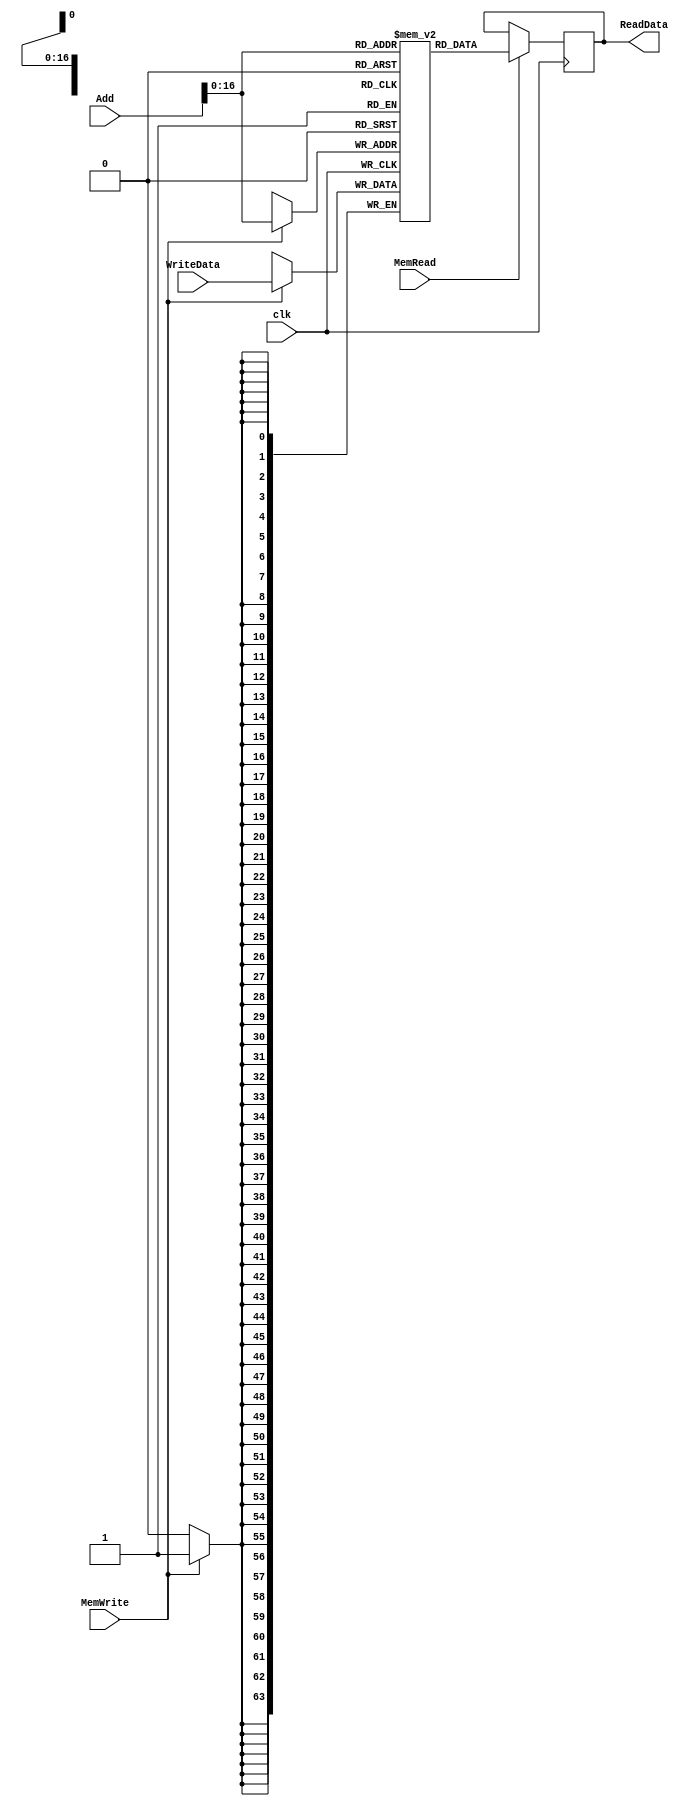
//1 MB Data Memory Module
module datamemory(clk,Add,MemWrite,MemRead,WriteData,ReadData);
	input [63:0]Add,WriteData;
	input MemRead,MemWrite,clk;
	output reg [63:0]ReadData;

	reg [63:0]DM[0:131071];

	always@(posedge clk)
	begin
		//Reading
		if(MemRead)
			ReadData <= DM[Add];
		//Writing
		if(MemWrite)
			DM[Add] <= WriteData;
	end
endmodule